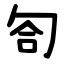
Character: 匌